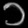
Digit: ၁